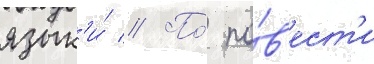
язык'и́ // По́ по́в'ест'и